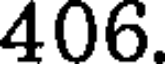
406.